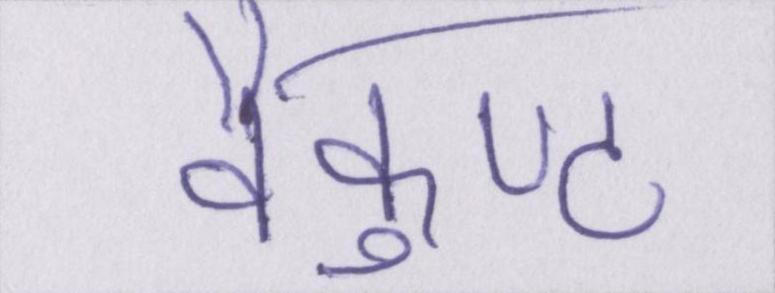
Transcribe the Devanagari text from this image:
वैकुण्ठ